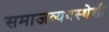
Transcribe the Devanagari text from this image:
समाजव्यवस्थेशी